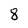
Character: 8